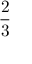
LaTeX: \frac { 2 } { 3 }